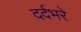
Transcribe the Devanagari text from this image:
दर्दभरे